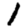
Digit: 1